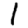
Digit: 1